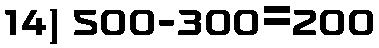
14) 500-300=200